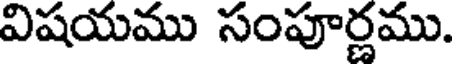
విషయము సంపూర్ణము.